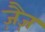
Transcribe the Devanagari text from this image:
ज़ैज़